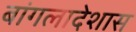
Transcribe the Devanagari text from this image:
बांगलादेशास